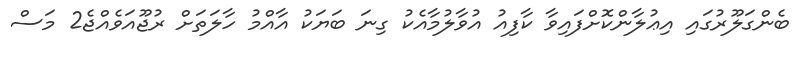
ބެންގަލޫރުގައި އިޢުލާންކޮށްފައިވާ ކާފިއު އުވާލުމާއެކު ގިނަ ބަޔަކު އާއްމު ހާލަތަށް ރުޖޫއަވެއްޖެ2 މަސް